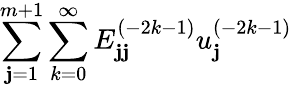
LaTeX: {\sum_{\mathbf{j}=1}^{m+1}\sum_{k=0}^{\infty}E_{\mathbf{j}\mathbf{j}}^{(-2k-1)}u_{\mathbf{j}}^{(-2k-1)}}